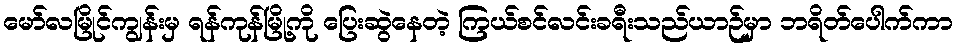
မော်လမြိုင်ကျွန်းမှ ရန်ကုန်မြို့ကို ပြေးဆွဲနေတဲ့ ကြယ်စင်လင်းခရီးသည်ယာဉ်မှာ ဘရိတ်ပေါက်ကာ